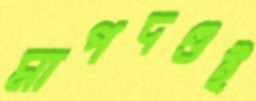
মাপদণ্ডই